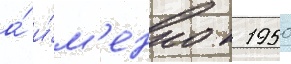
а́ и́м'енно к 1950